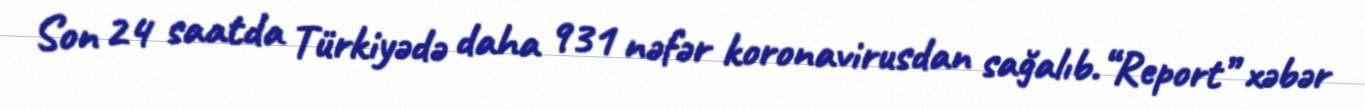
Son 24 saatda Türkiyədə daha 931 nəfər koronavirusdan sağalıb.“Report” xəbər